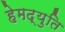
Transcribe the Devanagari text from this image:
हेमद्युति